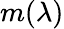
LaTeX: m(\lambda)